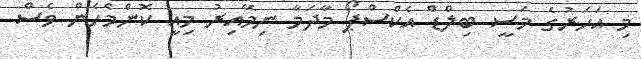
މި އަހަރުގެ މަސީ ބިލްޑް އެކްސްޕޯ މާދަމާ ނިމޭއިރު މިއީ ކޮންމެހެން ވެސް